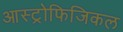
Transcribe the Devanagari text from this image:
आस्ट्रोफिजिकल